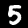
Digit: 5